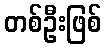
တစ်ဦးဖြစ်